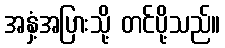
အနှံ့အပြားသို့ တင်ပို့သည်။